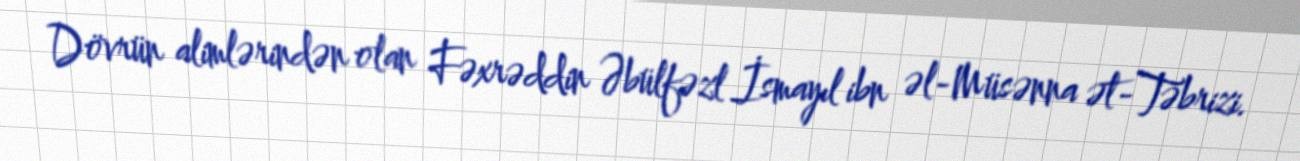
Dövrün alimlərindən olan Fəxrəddin Əbülfəzl İsmayıl ibn əl-Müsənna ət-Təbrizi.